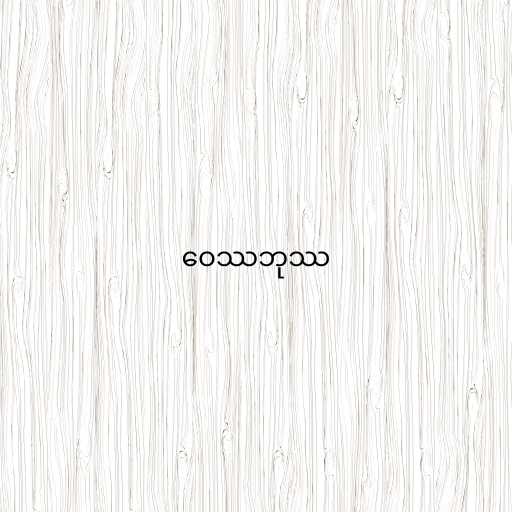
ဝေဿဘုဿ